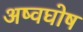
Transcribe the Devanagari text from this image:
अष्वघोष